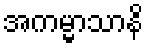
အကမ္မာသာနိ